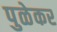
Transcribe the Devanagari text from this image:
पुळेकर